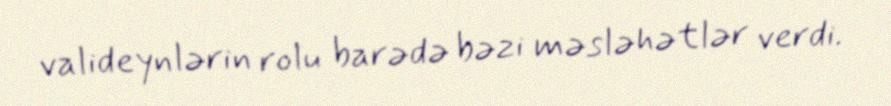
valideynlərin rolu barədə bəzi məsləhətlər verdi.